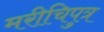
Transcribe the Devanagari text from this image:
मरीचिपुत्र